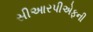
સીઆરપીએફની